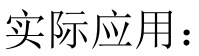
实际应用：